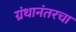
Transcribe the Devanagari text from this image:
ग्रंथानंतरचा